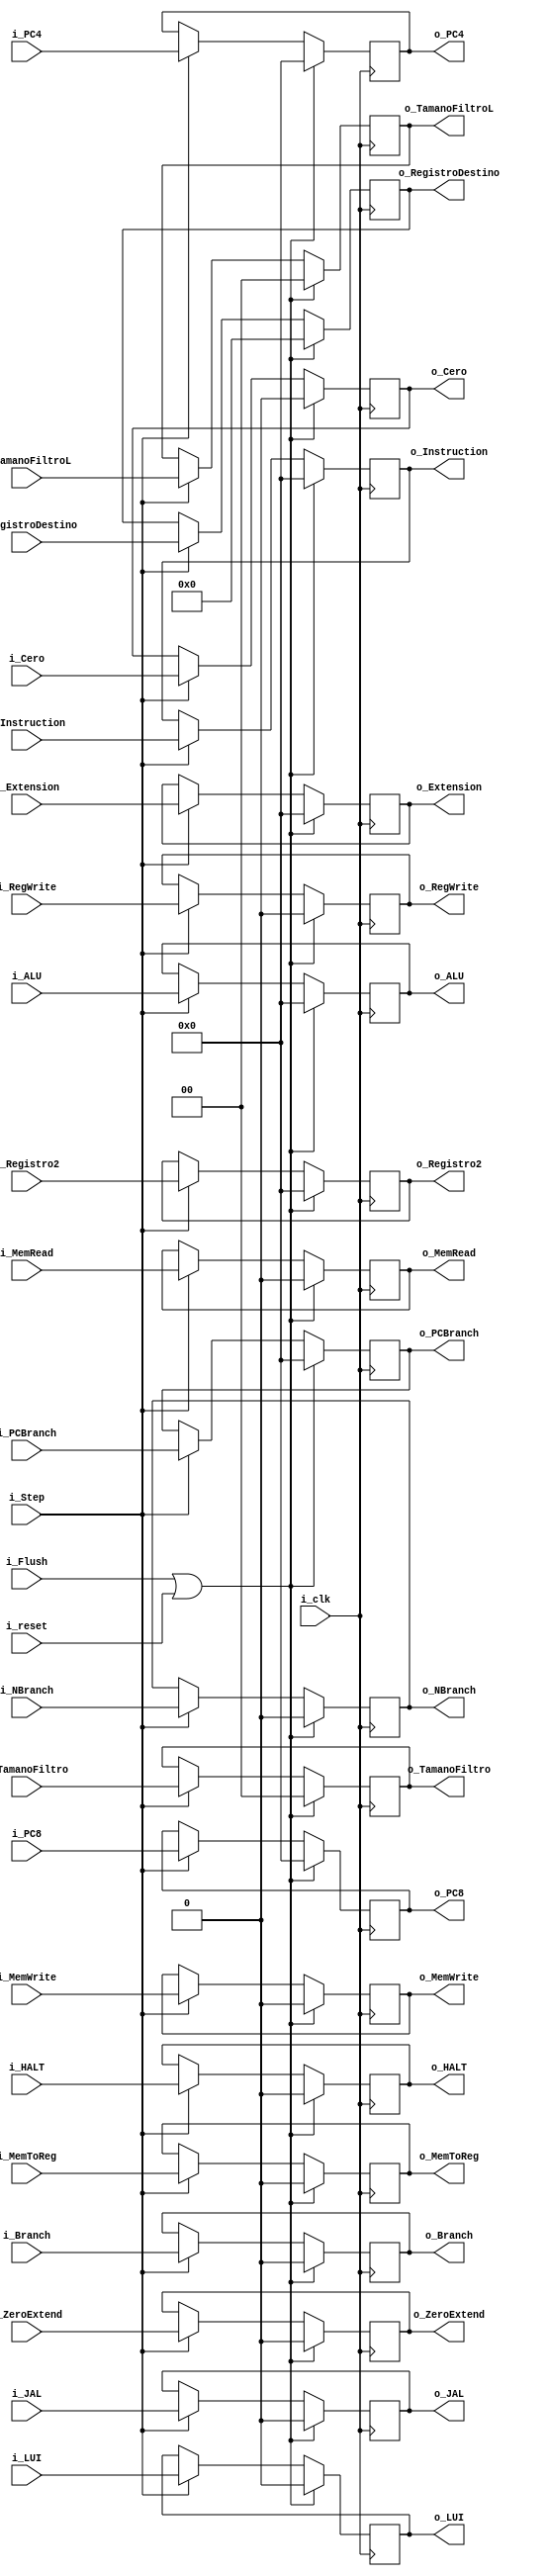
`timescale 1ns / 1ps

module Etapa_EX_MEM
    #(
        parameter NBITS     =   32  ,
        parameter REGS      =   5       
    )
    (   //GeneralInputs
        input   wire                        i_clk               ,
        input   wire                        i_reset             ,
        input   wire                        i_Flush             ,
        input   wire    [NBITS-1    :0]     i_PC4               ,
        input   wire    [NBITS-1    :0]     i_PC8               ,
        input   wire                        i_Step              ,
        input   wire    [NBITS-1    :0]     i_PCBranch          ,
        input   wire    [NBITS-1    :0]     i_Instruction       ,
        input   wire                        i_Cero              ,
        input   wire    [NBITS-1    :0]     i_ALU               ,
        input   wire    [NBITS-1    :0]     i_Registro2         ,
        input   wire    [REGS-1     :0]     i_RegistroDestino   ,
        input   wire    [NBITS-1    :0]     i_Extension         ,
        
        ///IControlM
        input   wire                        i_Branch            ,
        input   wire                        i_NBranch           ,
        input   wire                        i_MemWrite          ,
        input   wire                        i_MemRead           , 
        input   wire    [1          :0]     i_TamanoFiltro      ,   
        
        ///IControlWB
        input   wire                        i_JAL               ,        
        input   wire                        i_MemToReg          ,
        input   wire                        i_RegWrite          ,
        input   wire    [1          :0]     i_TamanoFiltroL     ,
        input   wire                        i_ZeroExtend        ,
        input   wire                        i_LUI               ,
        input   wire                        i_HALT              ,
        
        //GeneralOutputs
        output  wire    [NBITS-1    :0]     o_PC4               ,
        output  wire    [NBITS-1    :0]     o_PC8               ,        
        output  wire    [NBITS-1    :0]     o_PCBranch          ,
        output  wire    [NBITS-1    :0]     o_Instruction       ,
        output  wire                        o_JAL               ,
        output  wire                        o_Cero              ,
        output  wire    [NBITS-1    :0]     o_ALU               ,
        output  wire    [NBITS-1    :0]     o_Registro2         ,
        output  wire    [REGS-1     :0]     o_RegistroDestino   ,
        output  wire    [NBITS-1    :0]     o_Extension         ,
        
        ///OControlM
        output  wire                        o_Branch            ,
        output  wire                        o_NBranch           ,
        output  wire                        o_MemWrite          ,
        output  wire                        o_MemRead           ,
        output  wire   [1          :0]      o_TamanoFiltro      ,     
        
        ///OControlWB
        output  wire                        o_MemToReg          ,
        output  wire                        o_RegWrite          ,
        output  wire   [1          :0]      o_TamanoFiltroL     ,
        output  wire                        o_ZeroExtend        ,
        output  wire                        o_LUI               ,
        output  wire                        o_HALT
    );
    
    reg     [NBITS-1    :0] PC4_reg             ;
    reg     [NBITS-1    :0] PC8_reg             ;
    reg     [NBITS-1    :0] PCBranch_reg        ;
    reg     [NBITS-1    :0] Instruction_reg     ;
    reg                     JAL_reg             ;
    reg                     Cero_reg            ;
    reg     [NBITS-1    :0] ALU_reg             ;
    reg     [NBITS-1    :0] Registro2_reg       ;
    reg     [REGS-1     :0] RegistroDestino_reg ;
    reg     [NBITS-1    :0] Extension_reg       ;
    
    //RegM
    reg                     Branch_reg          ;
    reg                     NBranch_reg         ;
    reg                     MemWrite_reg        ;
    reg                     MemRead_reg         ;
    reg     [1          :0] TamanoFiltro_reg    ;
    
    //RegWB
    reg                     MemToReg_reg        ;
    reg                     RegWrite_reg        ;
    reg     [1          :0] TamanoFiltroL_reg   ;
    reg                     ZeroExtend_reg      ;
    reg                     LUI_reg             ;
    reg                     HALT_reg            ;
    
    assign o_PC4                =   PC4_reg             ;
    assign o_PC8                =   PC8_reg             ;
    assign o_PCBranch           =   PCBranch_reg        ;
    assign o_Instruction        =   Instruction_reg     ;
    assign o_Cero               =   Cero_reg            ;
    assign o_JAL                =   JAL_reg             ;
    assign o_ALU                =   ALU_reg             ;
    assign o_Registro2          =   Registro2_reg       ;
    assign o_RegistroDestino    =   RegistroDestino_reg ;
    assign o_Extension          =   Extension_reg       ;
    
    //AssignM
    assign o_Branch         =   Branch_reg          ;
    assign o_NBranch        =   NBranch_reg         ;
    assign o_MemWrite       =   MemWrite_reg        ;
    assign o_MemRead        =   MemRead_reg         ;
    assign o_TamanoFiltro   =   TamanoFiltro_reg    ;
    
    //AssignWB
    assign o_MemToReg       =   MemToReg_reg        ;
    assign o_RegWrite       =   RegWrite_reg        ;
    assign o_TamanoFiltroL  =   TamanoFiltroL_reg   ;
    assign o_ZeroExtend     =   ZeroExtend_reg      ;
    assign o_LUI            =   LUI_reg             ;
    assign o_HALT           =   HALT_reg            ;
    
    //always @(posedge i_clk, posedge i_reset, posedge i_Flush)
    always @(posedge i_clk)
        if(i_Flush | i_reset)
             begin 
                PC4_reg             <=  {NBITS{1'b0}}           ;
                PC8_reg             <=  {NBITS{1'b0}}           ;
                PCBranch_reg        <=  {NBITS{1'b0}}           ;
                Instruction_reg     <=  {NBITS{1'b0}}           ;
                Cero_reg            <=  1'b0                    ;
                ALU_reg             <=  {NBITS{1'b0}}           ;        
                Registro2_reg       <=  {NBITS{1'b0}}           ;
                RegistroDestino_reg <=  {REGS{1'b0}}            ;
                Extension_reg       <=  {NBITS{1'b0}}           ;
                
                //M
                Branch_reg          <=  1'b0                    ;
                NBranch_reg         <=  1'b0                    ;
                MemWrite_reg        <=  1'b0                    ;
                MemRead_reg         <=  1'b0                    ;
                TamanoFiltro_reg    <=  2'b00                   ;
        
                //WB
                JAL_reg             <=  1'b0                    ;            
                MemToReg_reg        <=  1'b0                    ;
                RegWrite_reg        <=  1'b0                    ;
                TamanoFiltroL_reg   <=  2'b00                   ;
                ZeroExtend_reg      <=  1'b0                    ;
                LUI_reg             <=  1'b0                    ;
                HALT_reg            <=  1'b0                    ;
            end
        else if (i_Step)
            begin 
                PC4_reg             <=  i_PC4                   ;
                PC8_reg             <=  i_PC8                   ;
                PCBranch_reg        <=  i_PCBranch              ;
                Instruction_reg     <=  i_Instruction           ;
                Cero_reg            <=  i_Cero                  ;
                ALU_reg             <=  i_ALU                   ;        
                Registro2_reg       <=  i_Registro2             ;
                RegistroDestino_reg <=  i_RegistroDestino       ;
                Extension_reg       <=  i_Extension             ;
                
                //M
                Branch_reg          <=  i_Branch                ;
                NBranch_reg         <=  i_NBranch               ;
                MemWrite_reg        <=  i_MemWrite              ;
                MemRead_reg         <=  i_MemRead               ;
                TamanoFiltro_reg    <=  i_TamanoFiltro          ;
        
                //WB
                JAL_reg             <=  i_JAL                   ;            
                MemToReg_reg        <=  i_MemToReg              ;
                RegWrite_reg        <=  i_RegWrite              ;
                TamanoFiltroL_reg   <=  i_TamanoFiltroL         ;
                ZeroExtend_reg      <=  i_ZeroExtend            ;
                LUI_reg             <=  i_LUI                   ;
                HALT_reg            <=  i_HALT                  ;
            end
        
endmodule